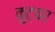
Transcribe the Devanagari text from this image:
कुट्चर